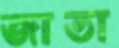
জাতা